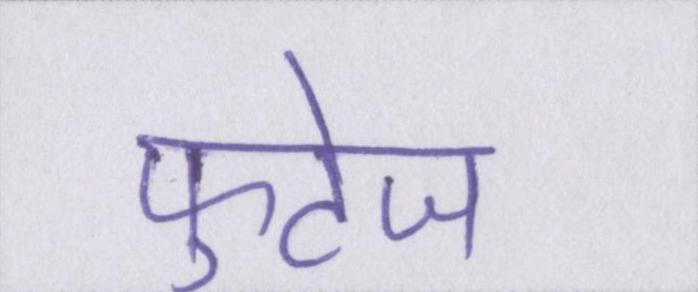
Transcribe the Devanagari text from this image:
फुटेज